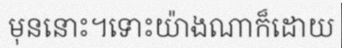
មុននោះ។ទោះយ៉ាងណាក៏ដោយ